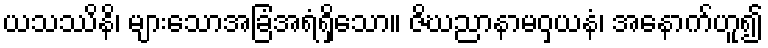
ယသဿိနိ၊ များသောအခြံအရံရှိသော။ ဇိဃညာနာမဝှယနံ၊ အနောက်ဟူ၍